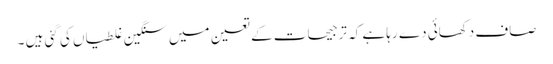
صاف دکھائی دے رہا ہے کہ ترجیحات کے تعین میں سنگین غلطیاں کی گئی ہیں ۔